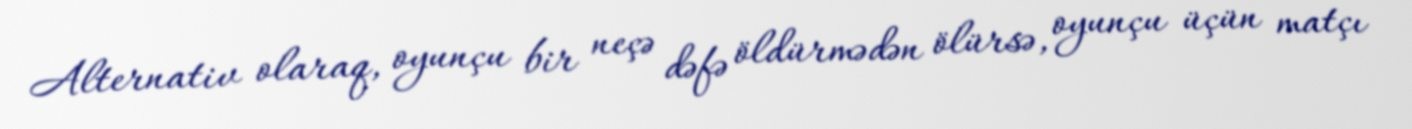
Alternativ olaraq, oyunçu bir neçə dəfə öldürmədən ölürsə, oyunçu üçün matçı